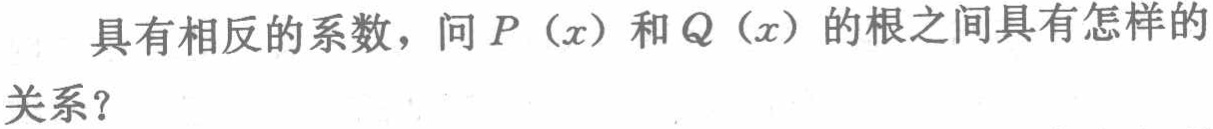
具有相反的系数，问\(P(x)\)和\(Q(x)\)的根之间具有怎样的关系？